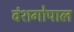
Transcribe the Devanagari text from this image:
वंशगोपाल